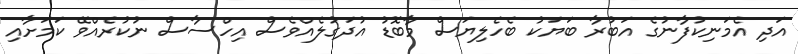
އަދި އެމަނިކުފާނުގެ އަބުރާ ބަޔަކު ބެހެލިޔަސް މާބޮޑު އުދަގުލެއްވެސް އިހްސާސް ނުކުރެއްވޭ ކަަމަށާއި